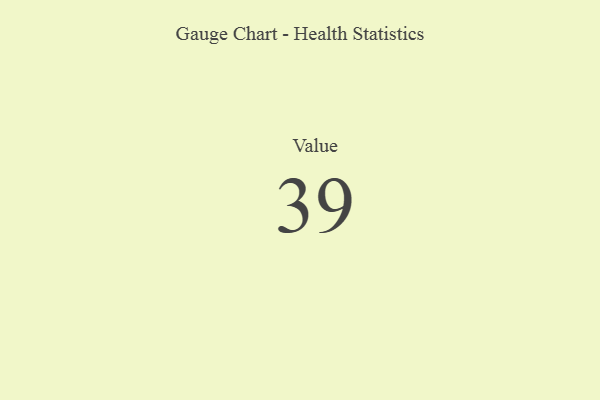
{"axis": {"x": "Metric", "y": "Value"}, "legend": [""], "data": [{"x": "Value", "y": 39, "type": ""}]}